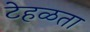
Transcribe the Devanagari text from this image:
टेहळता